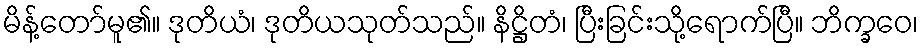
မိန့်တော်မူ၏။ ဒုတိယံ၊ ဒုတိယသုတ်သည်။ နိဋ္ဌိတံ၊ ပြီးခြင်းသို့ရောက်ပြီ။ ဘိက္ခဝေ၊